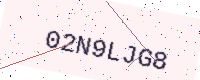
Text: 02N9LJG8